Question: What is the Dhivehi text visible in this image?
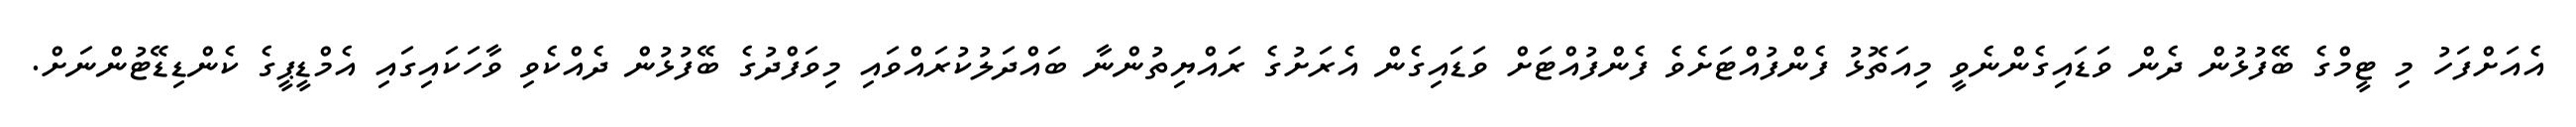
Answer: އެއަށްފަހު މި ޓީމްގެ ބޭފުޅުން ދެން ވަޑައިގެންނެވީ މިއަތޮޅު ފެންފުއްޓަށެވެ ފެންފުއްޓަށް ވަޑައިގެން އެރަށުގެ ރައްޔިތުންނާ ބައްދަލުކުރައްވައި މިވަފްދުގެ ބޭފުޅުން ދެއްކެވި ވާހަކައިގައި އެމްޑީޕީގެ ކެންޑިޑޭޓުންނަށް.